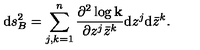
\mathrm { d } s _ { B } ^ { 2 } = \sum _ { j , k = 1 } ^ { n } { \frac { \partial ^ { 2 } \log { \bf k } } { \partial z ^ { j } \bar { z } ^ { k } } } \mathrm { d } z ^ { j } \mathrm { d } \bar { z } ^ { k } .